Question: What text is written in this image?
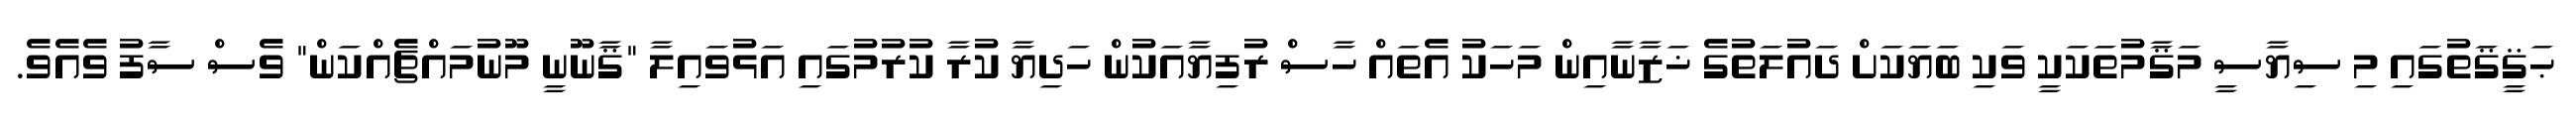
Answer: ޙަޤީޤަތުގައި މި ސިޔާސީ މަޤާމުތަކަކީ ވަކި ބަޔަކަށް ދައުލަތުގެ ޚަޒާނާއިން މަހަކު އެތައް ހާސް ރުފިޔާއަކުން ހަދިޔާ ކުރާ ކުރުމުގައި އަޅުވައިލާ "ޤާނޫނީ މޫނުމައްޗެއްކަން" ވެސް ސާފު ވެއެވެ.